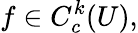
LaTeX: f\in C_{c}^{k}(U),